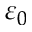
\varepsilon _ { 0 }